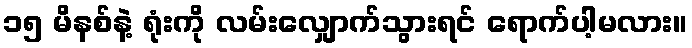
၁၅ မိနစ်နဲ့ ရုံးကို လမ်းလျှောက်သွားရင် ရောက်ပါ့မလား။